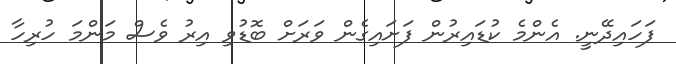
ފަހައިދޭނީ. އެންމެ ކުޑައިރުން ފަށައިގެން ވަރަށް ބޮޑުވި އިރު ވެސް މަންމަ ހުރިހާ